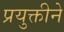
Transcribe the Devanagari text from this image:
प्रयुक्तीने